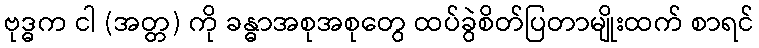
ဗုဒ္ဓက ငါ (အတ္တ) ကို ခန္ဓာအစုအစုတွေ ထပ်ခွဲစိတ်ပြတာမျိုးထက် စာရင်